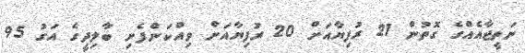
ނަތީޖާއެއްގެ ގޮތުން 21 ރުފިޔާއަށް 20 ރުފިޔާއަށް ވިއްކަންފެށި ބާލިދީގެ އަގު 95